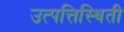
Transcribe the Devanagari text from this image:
उत्पत्तिस्थिती